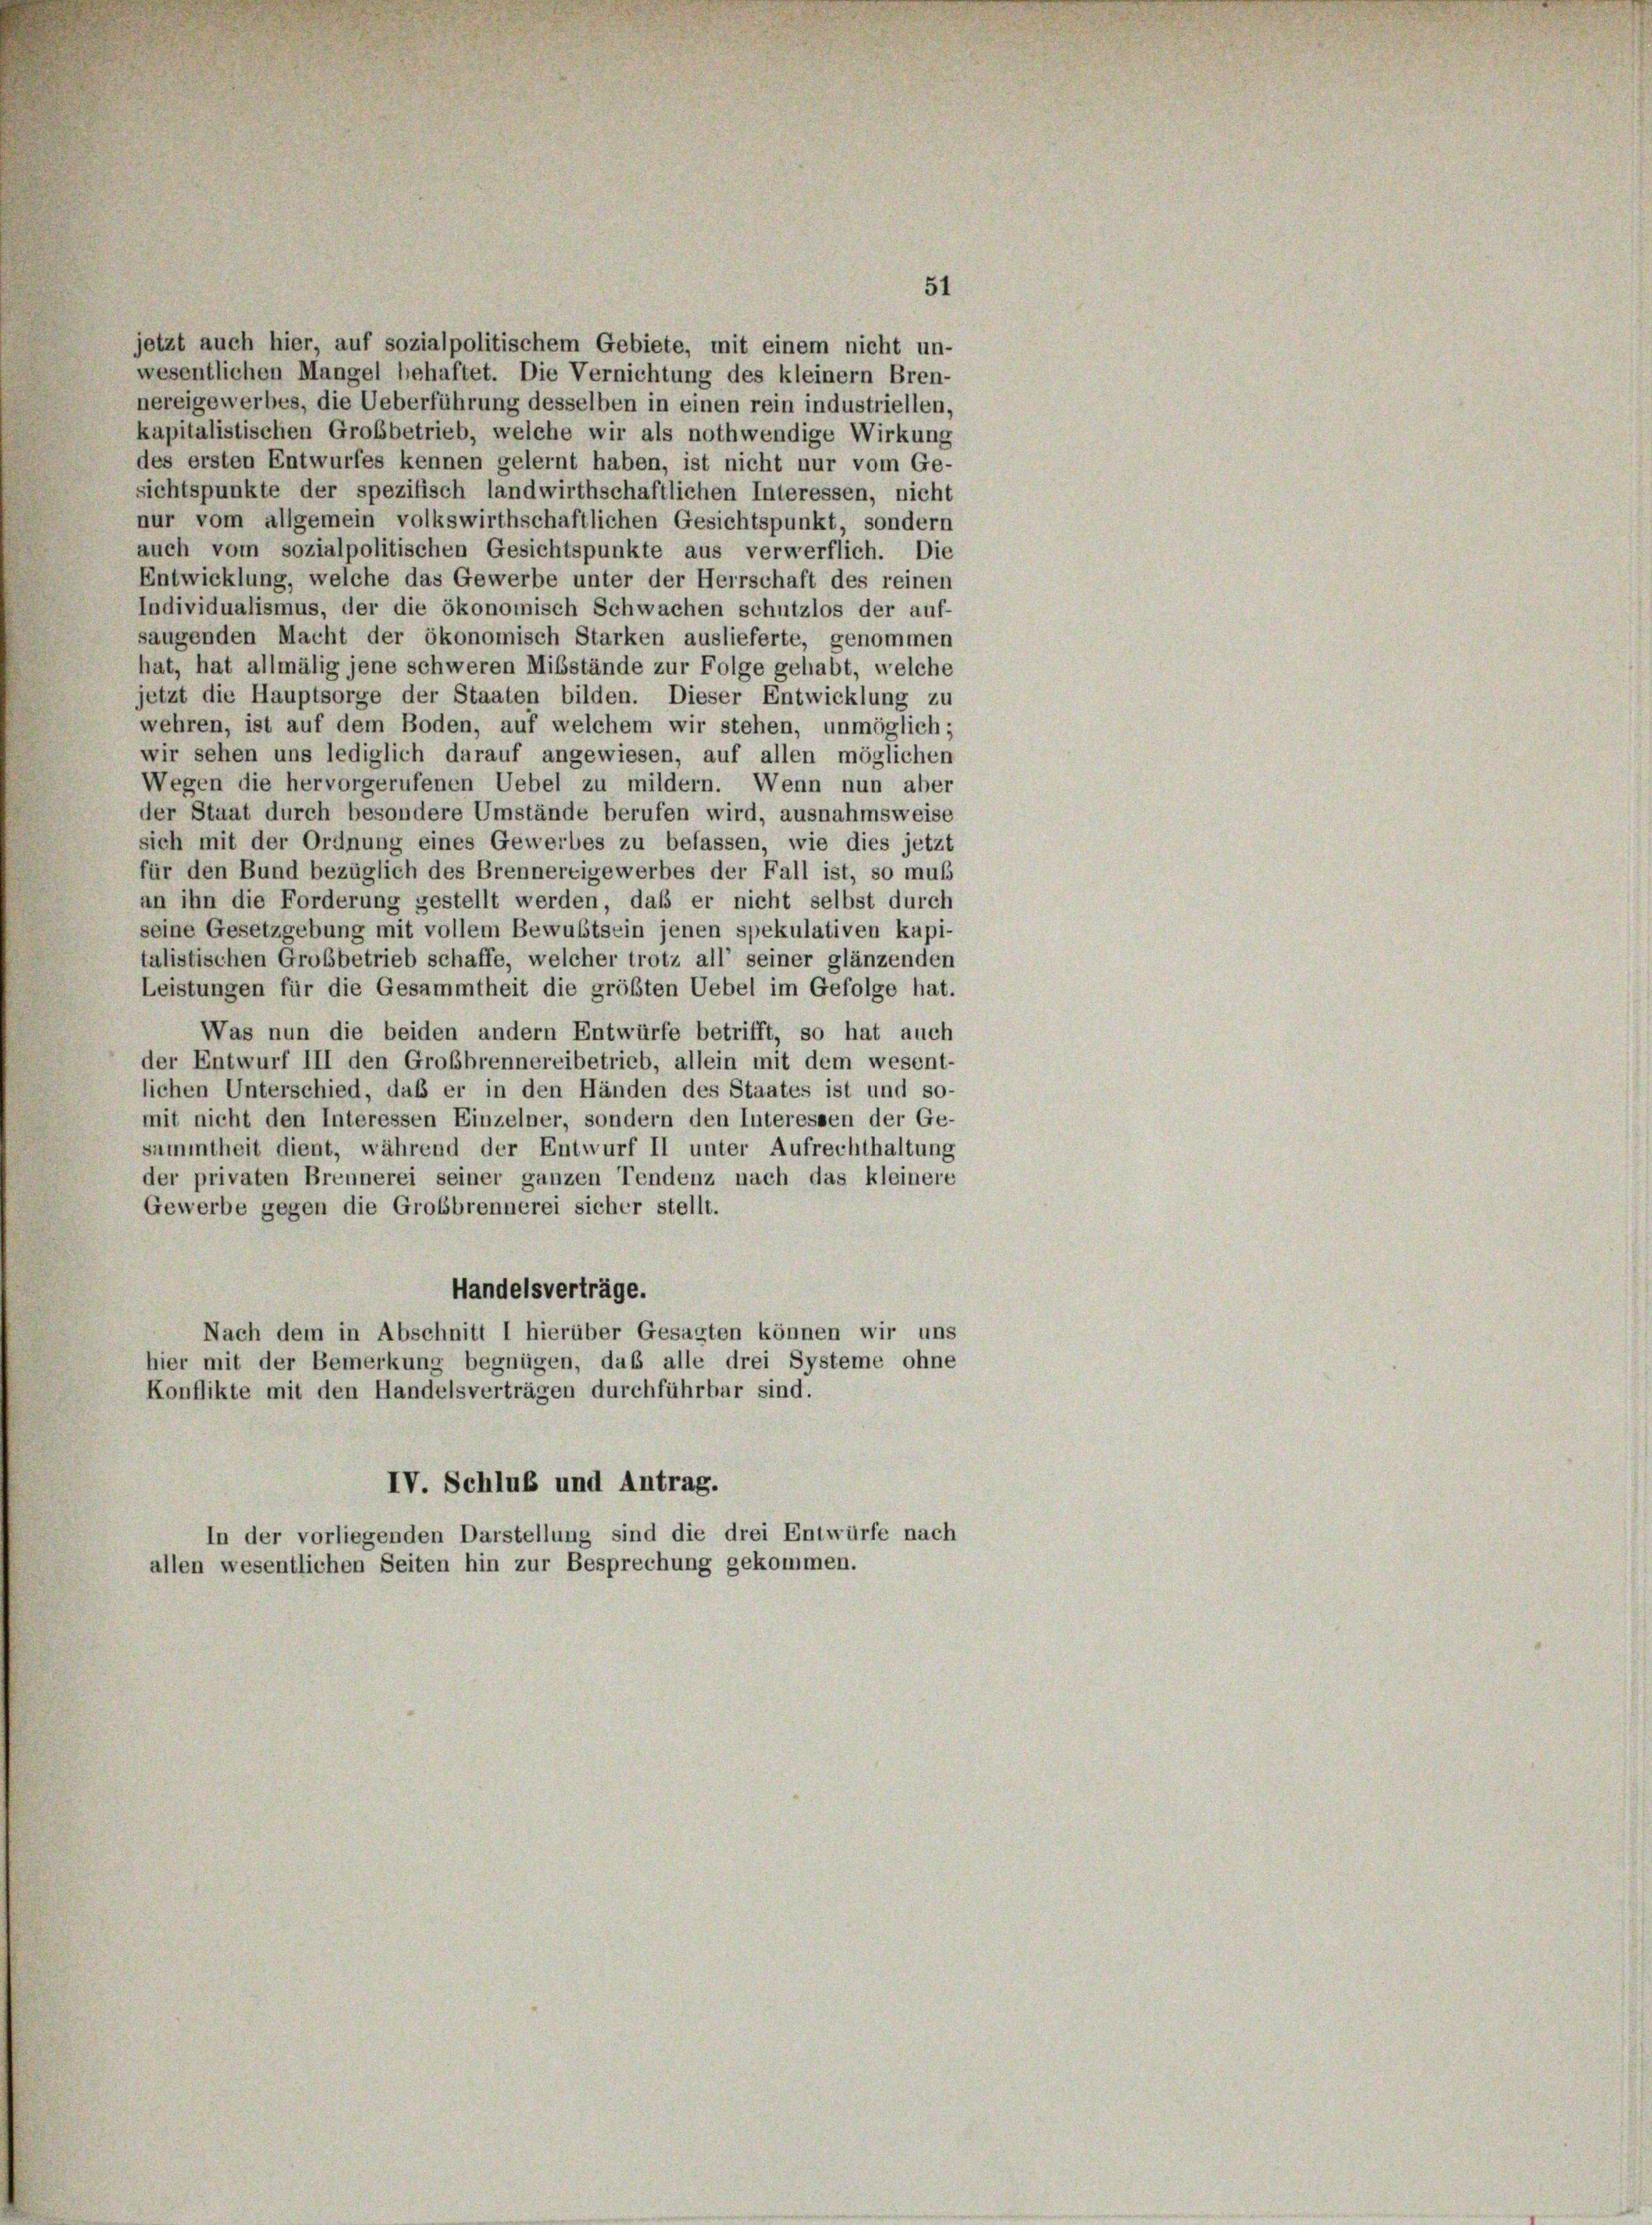
IV. Schluß und Antrag.
In der vorliegenden Darstellung sind die drei Entwürfe nach
allen wesentlichen Seiten hin zur Besprechung gekommen.

jetzt auch hier, auf sozialpolitischem Gebiete, mit einem nicht un-
wesentlichen Mangel behaftet. Die Vernichtung des kleinem Bren-
nereigewerbes, die Ueberführung desselben in einen rein industriellen,
kapitalistischen Großbetrieb, welche wir als nothwendige Wirkung
des ersten Entwurfes kennen gelernt haben, ist nicht nur vom Ge-
sichtspunkte der spezifisch landwirthschaftlichen Interessen, nicht
nur vom allgemein volkswirthschaftlichen Gesichtspunkt, sondern
auch vom sozialpolitischen Gesichtspunkte aus verwerflich. Die
Entwicklung, welche das Gewerbe unter der Herrschaft des reinen
Individualismus, der die ökonomisch Schwachen schutzlos der auf-
saugenden Macht der ökonomisch Starken auslieferte, genommen
hat, hat allmälig jene schweren Misstände zur Folge gehabt, welche
jetzt die Hauptsorge der Staaten bilden. Dieser Entwicklung zu
wehren, ist auf dem Boden, auf welchem wir stehen, unmöglich;
wir sehen uns lediglich darauf angewiesen, auf allen möglichen
Wegen die hervorgerufenen Uebel zu mildern. Wenn nun aber
der Staat durch besondere Umstände berufen wird, ausnahmsweise
sich mit der Ordnung eines Gewerbes zu befassen, wie dies jetzt
für den Bund bezüglich des Brennereigewerbes der Fall ist, so muß
an ihn die Forderung gestellt werden, daß er nicht selbst durch
seine Gesetzgebung mit vollem Bewußtsein jenen spekulativen kapi-
talistischen Grobbetrieb schaffe, welcher trotz all’ seiner glänzenden
Leistungen für die Gesammtheit die größten Uebel im Gefolge hat.
Was nun die beiden andern Entwürfe betrifft, so hat auch
der Entwurf III den Großbrennereibetrieb, allein mit dem wesent-
lichen Unterschied, daß er in den Händen des Staates ist und so-
mit nicht den Interessen Einzelner, sondern den Interessen der Ge-
sammtheit dient, während der Entwurf II unter Aufrechthaltung
der privaten Brennerei seiner ganzen Tendenz nach das kleinere
Gewerbe gegen die Grobbrennerei sicher stellt.
Handelsverträge.
Nach dem in Abschnitt 1 hierüber Gesagten können wir uns
hier mit der Bemerkung begnügen, daß alle drei Systeme ohne
Konflikte mit den Handelsverträgen durchführbar sind.

51